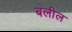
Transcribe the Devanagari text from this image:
बलील